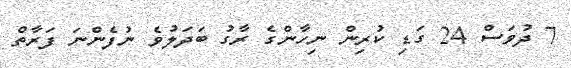
7 ދުވަސް 24 ގަޑި ކުރިން ނިހާންގެ ރާގު ބަދަލުވެ ނުފެންނަ ފަރާތް